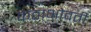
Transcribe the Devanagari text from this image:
कंठाभोवती